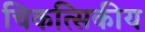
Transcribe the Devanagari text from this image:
चिकत्सिकीय